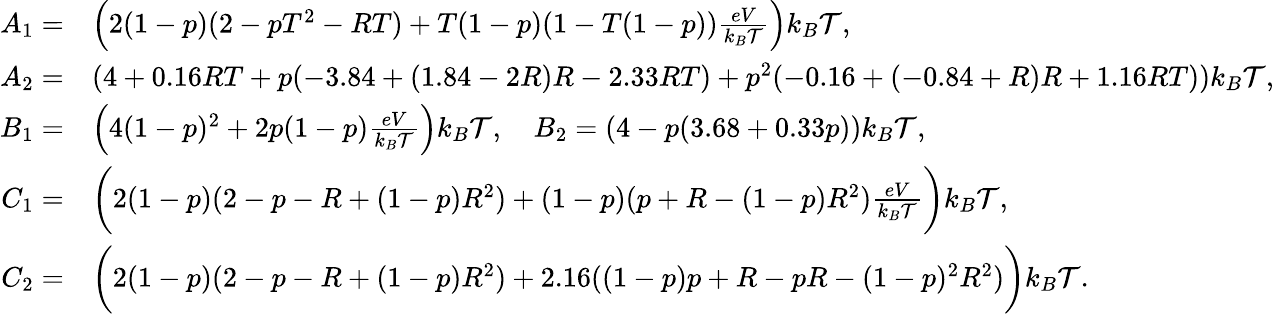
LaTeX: \begin{array}{rl}{A_{1}=}&{\left(2(1-p)(2-pT^{2}-RT)+T(1-p)(1-T(1-p))\frac{eV}{k_{B}\mathcal{T}}\right)k_{B}\mathcal{T},}\\ {A_{2}=}&{(4+0.16RT+p(-3.84+(1.84-2R)R-2.33RT)+p^{2}(-0.16+(-0.84+R)R+1.16RT))k_{B}\mathcal{T},}\\ {B_{1}=}&{\left(4(1-p)^{2}+2p(1-p)\frac{eV}{k_{B}\mathcal{T}}\right)k_{B}\mathcal{T},\quad B_{2}=\left(4-p(3.68+0.33p)\right)k_{B}\mathcal{T},}\\ {C_{1}=}&{\bigg(2(1-p)(2-p-R+(1-p)R^{2})+(1-p)(p+R-(1-p)R^{2})\frac{eV}{k_{B}\mathcal{T}}\bigg)k_{B}\mathcal{T},}\\ {C_{2}=}&{\bigg(2(1-p)(2-p-R+(1-p)R^{2})+2.16((1-p)p+R-pR-(1-p)^{2}R^{2})\bigg)k_{B}\mathcal{T}.}\end{array}